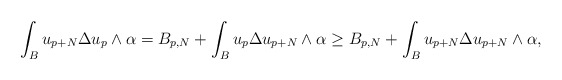
\begin{align*} \begin{aligned} \int_B u_{p+N}\Delta u_p\wedge\alpha &=B_{p,N}+\int_B u_p \Delta u_{p+N} \wedge\alpha \geq B_{p,N}+\int_B u_{p+N}\Delta u_{p+N}\wedge\alpha,\end{aligned} \end{align*}